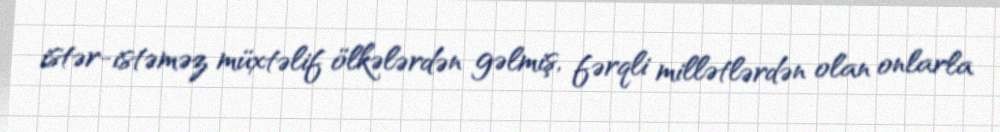
istər-istəməz müxtəlif ölkələrdən gəlmiş, fərqli millətlərdən olan onlarla